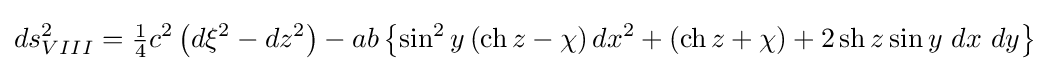
ds_{VIII}^{2}={\tfrac {1}{4}}c^{2}\left(d\xi ^{2}-dz^{2}\right)-ab\left\{\sin ^{2}{y}\left(\operatorname {ch} z-\chi \right)dx^{2}+\left(\operatorname {ch} z+\chi \right)+2\operatorname {sh} z\sin {y}\ dx\ dy\right\}